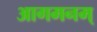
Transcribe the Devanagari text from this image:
आगमनम्